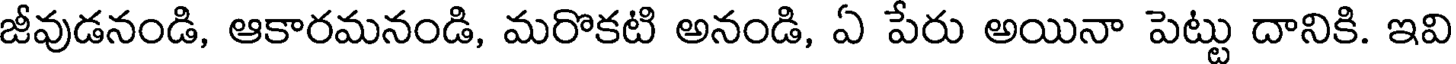
జీవుడనండి, ఆకారమనండి, మరొకటి అనండి, ఏ పేరు అయినా పెట్టు దానికి. ఇవి